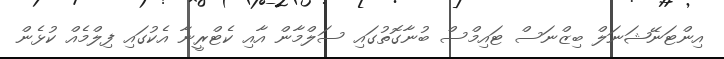
އިންޓަނޭޝަނަލް ބިޒްނަސް ޓައިމްސް ބުނާގޮތުގައި ސަލްމާން އާއި ކެޓްރީނާ އެކުގައި ފިލްމެއް ކުޅެން